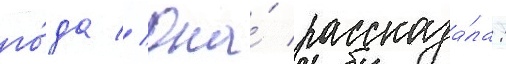
го́да // Она́ рассказа́ла: